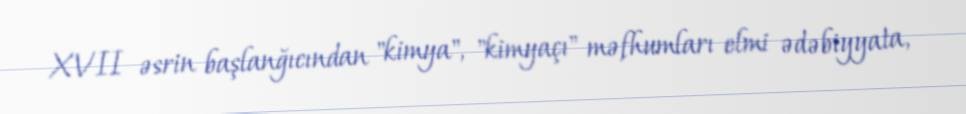
XVII əsrin başlanğıcından "kimya", "kimyaçı" məfhumları elmi ədəbiyyata,